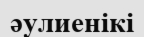
әулиенікі